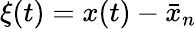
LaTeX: \xi(t)=x(t)-\bar{x}_{n}